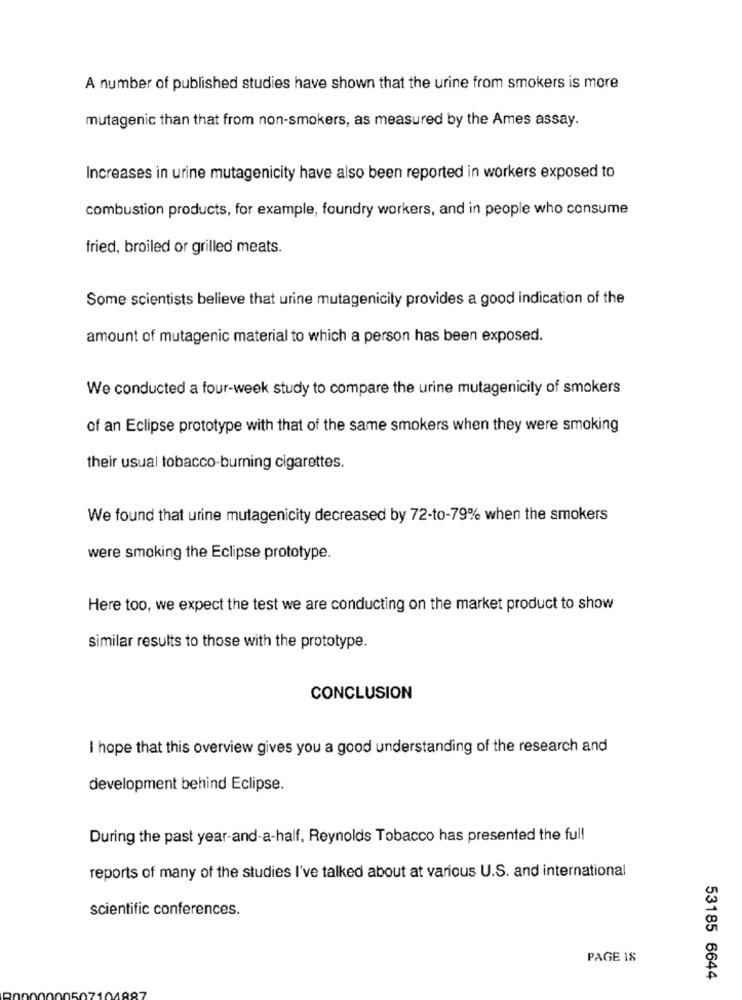
A number of published studies have shown that the urine from smokers is more
mutagenic than that from non-smokers, as measured by the Ames assay.
Increases in urine mutagenicity have also been reported in workers exposed to
combustion products, for example, foundry workers, and in people who consume
fried, broiled or grilled meats.
Some scientists believe that urine mutagenicity provides a good indication of the
amount of mutagenic material to which a person has been exposed.
We conducted a four-week study to compare the urine mutagenicity of smokers
of an Eclipse prototype with that of the same smokers when they were smoking
their usual tobacco-burning cigarettes.
We found that urine mutagenicity decreased by 72-to-79% when the smokers
were smoking the Eclipse prototype.
Here too, we expect the test we are conducting on the market product to show
similar results to those with the prototype.
CONCLUSION
I hope that this overview gives you a good understanding of the research and
development behind Eclipse.
During the past year-and-a-half. Reynolds Tobacco has presented the full
reports of many of the studies I've talked about at various U.S. and international
scientific conferences.
PAGE 18
53185 6644